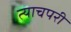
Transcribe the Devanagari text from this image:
त्याचपरी